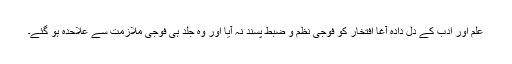
علم اور ادب کے دل دادہ آغا افتخار کو فوجی نظم و ضبط پسند نہ آیا اور وہ جلد ہی فوجی ملازمت سے علاحدہ ہو گئے۔